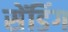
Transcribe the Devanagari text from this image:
सेंडिंग